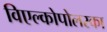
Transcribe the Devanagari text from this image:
विएल्कोपोलस्का